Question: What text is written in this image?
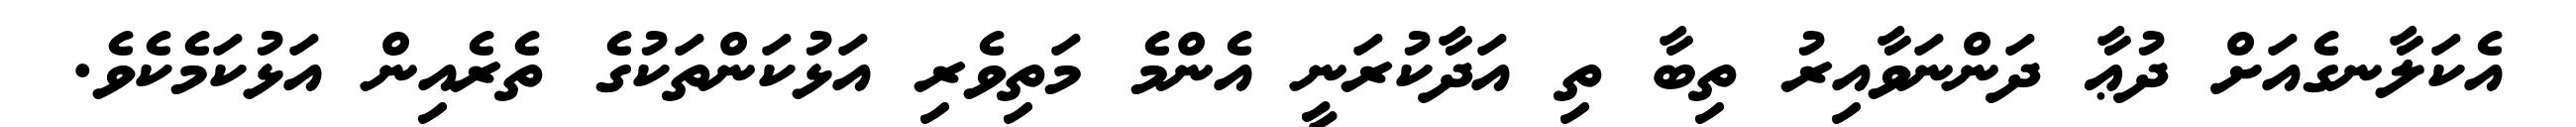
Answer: އެކަލާނގެއަށް ދުޢާ ދަންނަވާއިރު ތިބާ ތި އަދާކުރަނީ އެންމެ މަތިވެރި އަޅުކަންތަކުގެ ތެރެއިން އަޅުކަމެކެވެ.